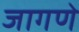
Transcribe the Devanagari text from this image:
जागणे